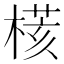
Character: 𣘃